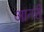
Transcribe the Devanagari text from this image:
आनरी